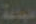
طباعة